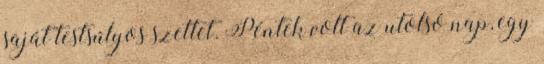
saját testsúlyos szettet. Péntek volt az utolsó nap, egy